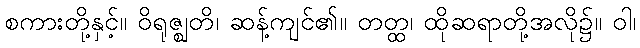
စကားတို့နှင့်။ ဝိရုဇ္ဈတိ၊ ဆန့်ကျင်၏။ တတ္ထ၊ ထိုဆရာတို့အလို၌။ ဝါ၊